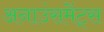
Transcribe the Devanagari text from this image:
अनाउंसमेंट्स